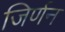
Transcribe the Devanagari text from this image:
जिर्णन